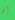
إن